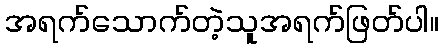
အရက်သောက်တဲ့သူအရက်ဖြတ်ပါ။